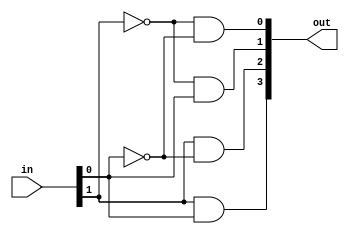
module decoder2_4 ( out, in );

output [3:0] out;

input [1:0] in;

//Since it is non sync, we are assinging the output as soon as input changes
// and hence we have taken assign statements. 
assign out[0] = ~(in[1]) & ~(in[0]);
assign out[1] = ~(in[1]) & in[0];
assign out[2] =  in[1]   & ~(in[0]);
assign out[3] =  in[1]   & in[0];

endmodule